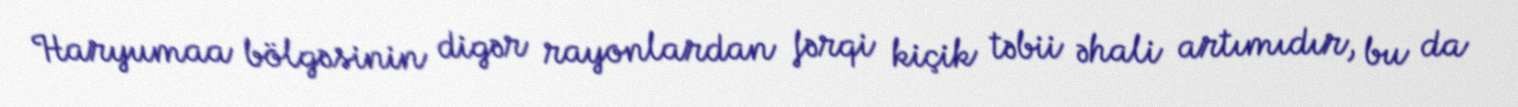
Haryumaa bölgəsinin digər rayonlardan fərqi kiçik təbii əhali artımıdır, bu da